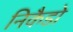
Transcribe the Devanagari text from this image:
निकैडो